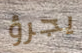
يجرؤ